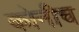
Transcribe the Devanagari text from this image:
कोनीच